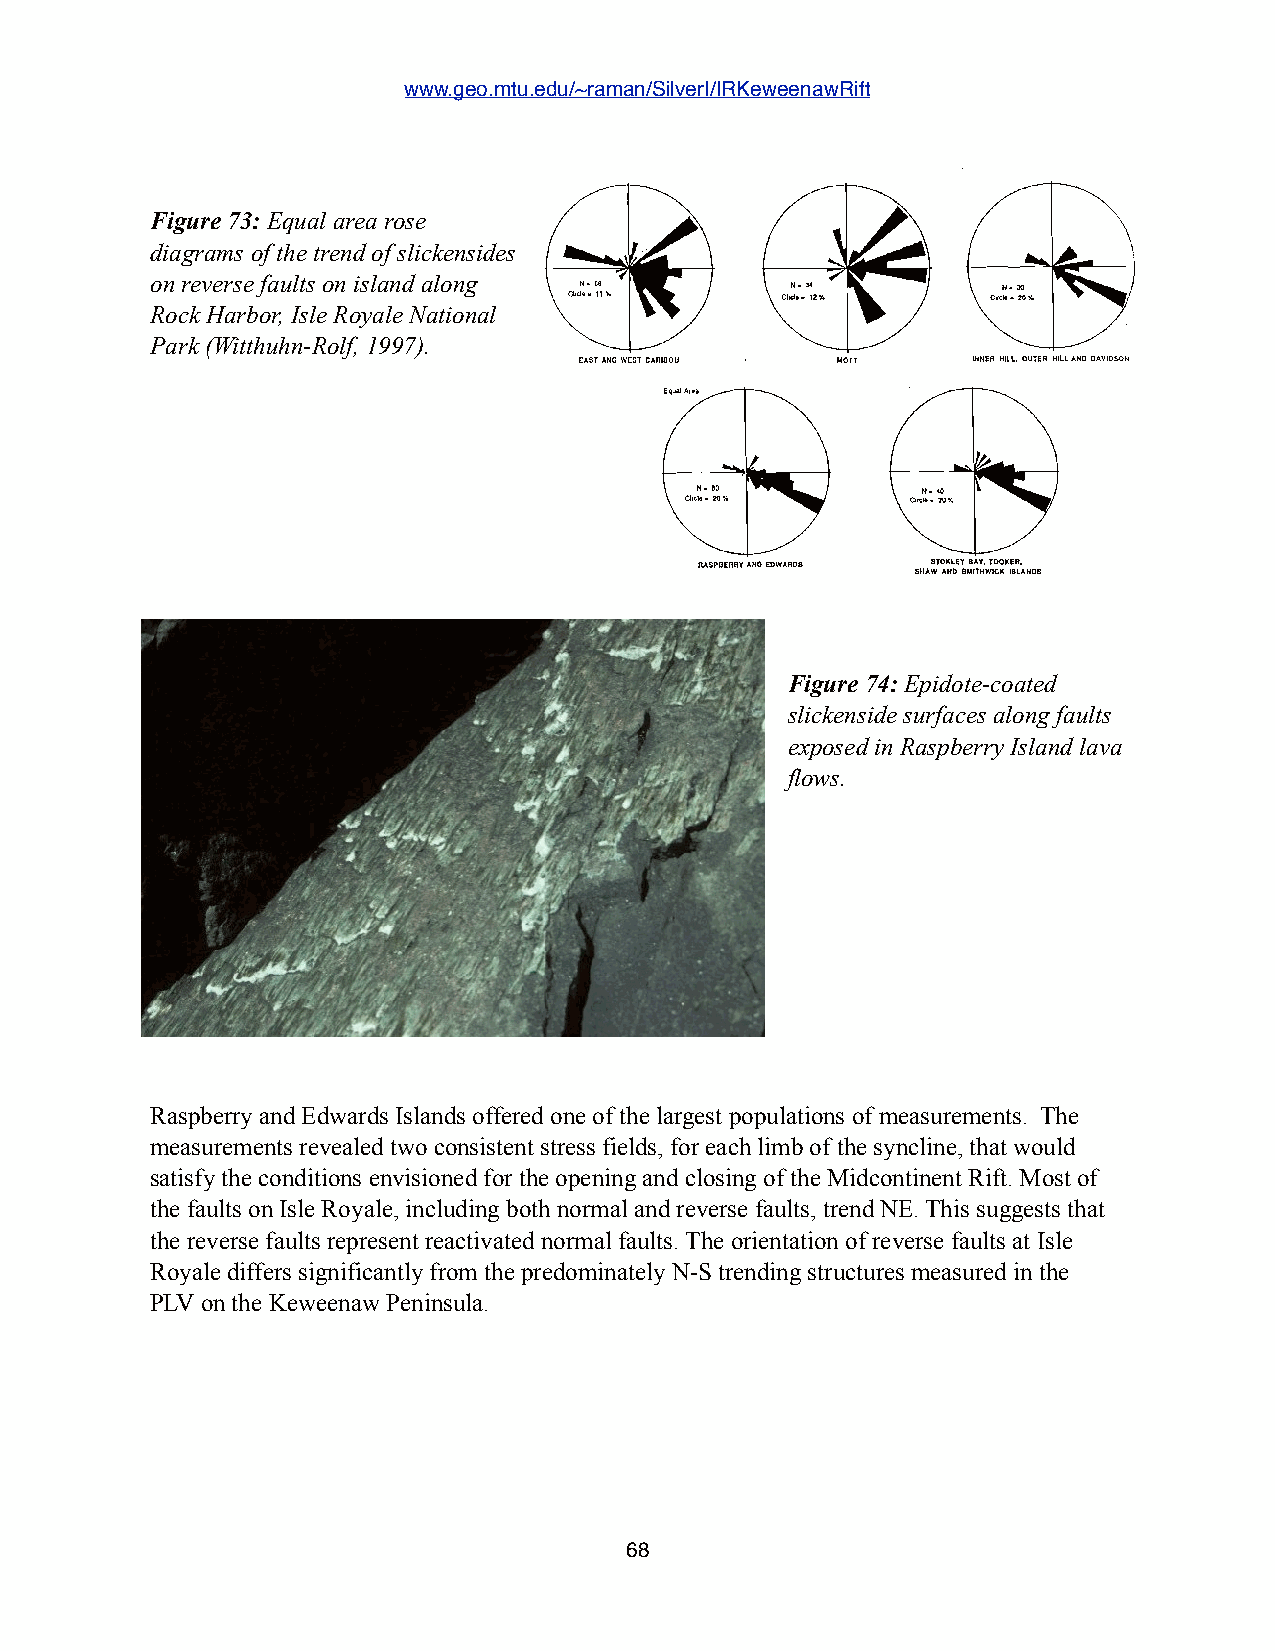
www.geo.mtu.edu/~raman/SilverI/IRKeweenawRift
 a)
 Figure 73: Equal area rose
 diagrams of the trend of slickensides
 on reverse faults on island along
 Rock Harbor, Isle Royale National
 Park (Witthuhn-Rolf, 1997).
 EASTANDWESTCARIBOU Mon    INNERlULL,OUTERHILLANDDAVIDSON
 .+..:.-.                     EqualArea
 =
 RASPBERRYANDEDWARDS STOKLEYBAY,TOOKER,
 SHAWANDSMITHWICKISLANDS
 Figure32:Left:Equalarearosediagramsofthetrendofslickensideson(a)normaland(b)reversefaultsonIsle
 Royale(Witthuhn1993).Noticethesimilartrendsthatdefinetheresolvedshearstressonthefaults.Right:Rose
 diagramsofthetrendsofslickensidesonreversefaultsmeasuredonislandsalongtheSEshorelineofIsleRoyale
 (Witthuhn1993).
 Figure 74: Epidote-coated
 slickenside surfaces along faults
 exposed in Raspberry Island lava
 flows.
 Raspberry and Edwards Islands offered one of the largest populations of measurements. The
 measurements revealed two consistent stress fields, for each limb of the syncline, that would
 satisfy the conditions envisioned for the opening and closing of the Midcontinent Rift. Most of
 the faults on Isle Royale, including both normal and reverse faults, trend NE. This suggests that
 the reverse faults represent reactivated normal faults. The orientation of reverse faults at Isle
 Royale differs significantly from the predominately N-S trending structures measured in the
 PLV on the Keweenaw Peninsula.
 68